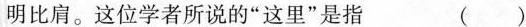
明比肩。这位学者所说的”这里”是指 ()